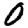
Digit: 0